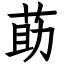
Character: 莇